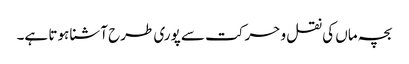
بچہ ماں کی نقل و حرکت سے پوری طرح آشنا ہوتا ہے۔